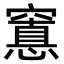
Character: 𮄖